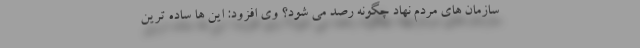
سازمان های مردم نهاد چگونه رصد می شود؟ وی افزود: این ها ساده ترین